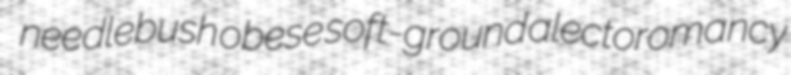
needlebush obese soft-ground alectoromancy